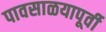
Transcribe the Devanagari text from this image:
पावसाळयापूर्वी